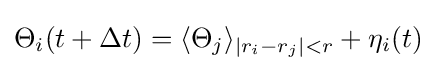
\Theta _{i}(t+\Delta t)=\langle \Theta _{j}\rangle _{|r_{i}-r_{j}|<r}+\eta _{i}(t)